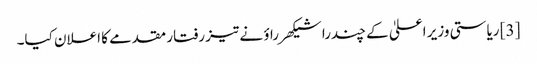
[3] ریاستی وزیر اعلیٰ کے چندرا شیکھر راؤ نے تیز رفتار مقدمے کا اعلان کیا۔